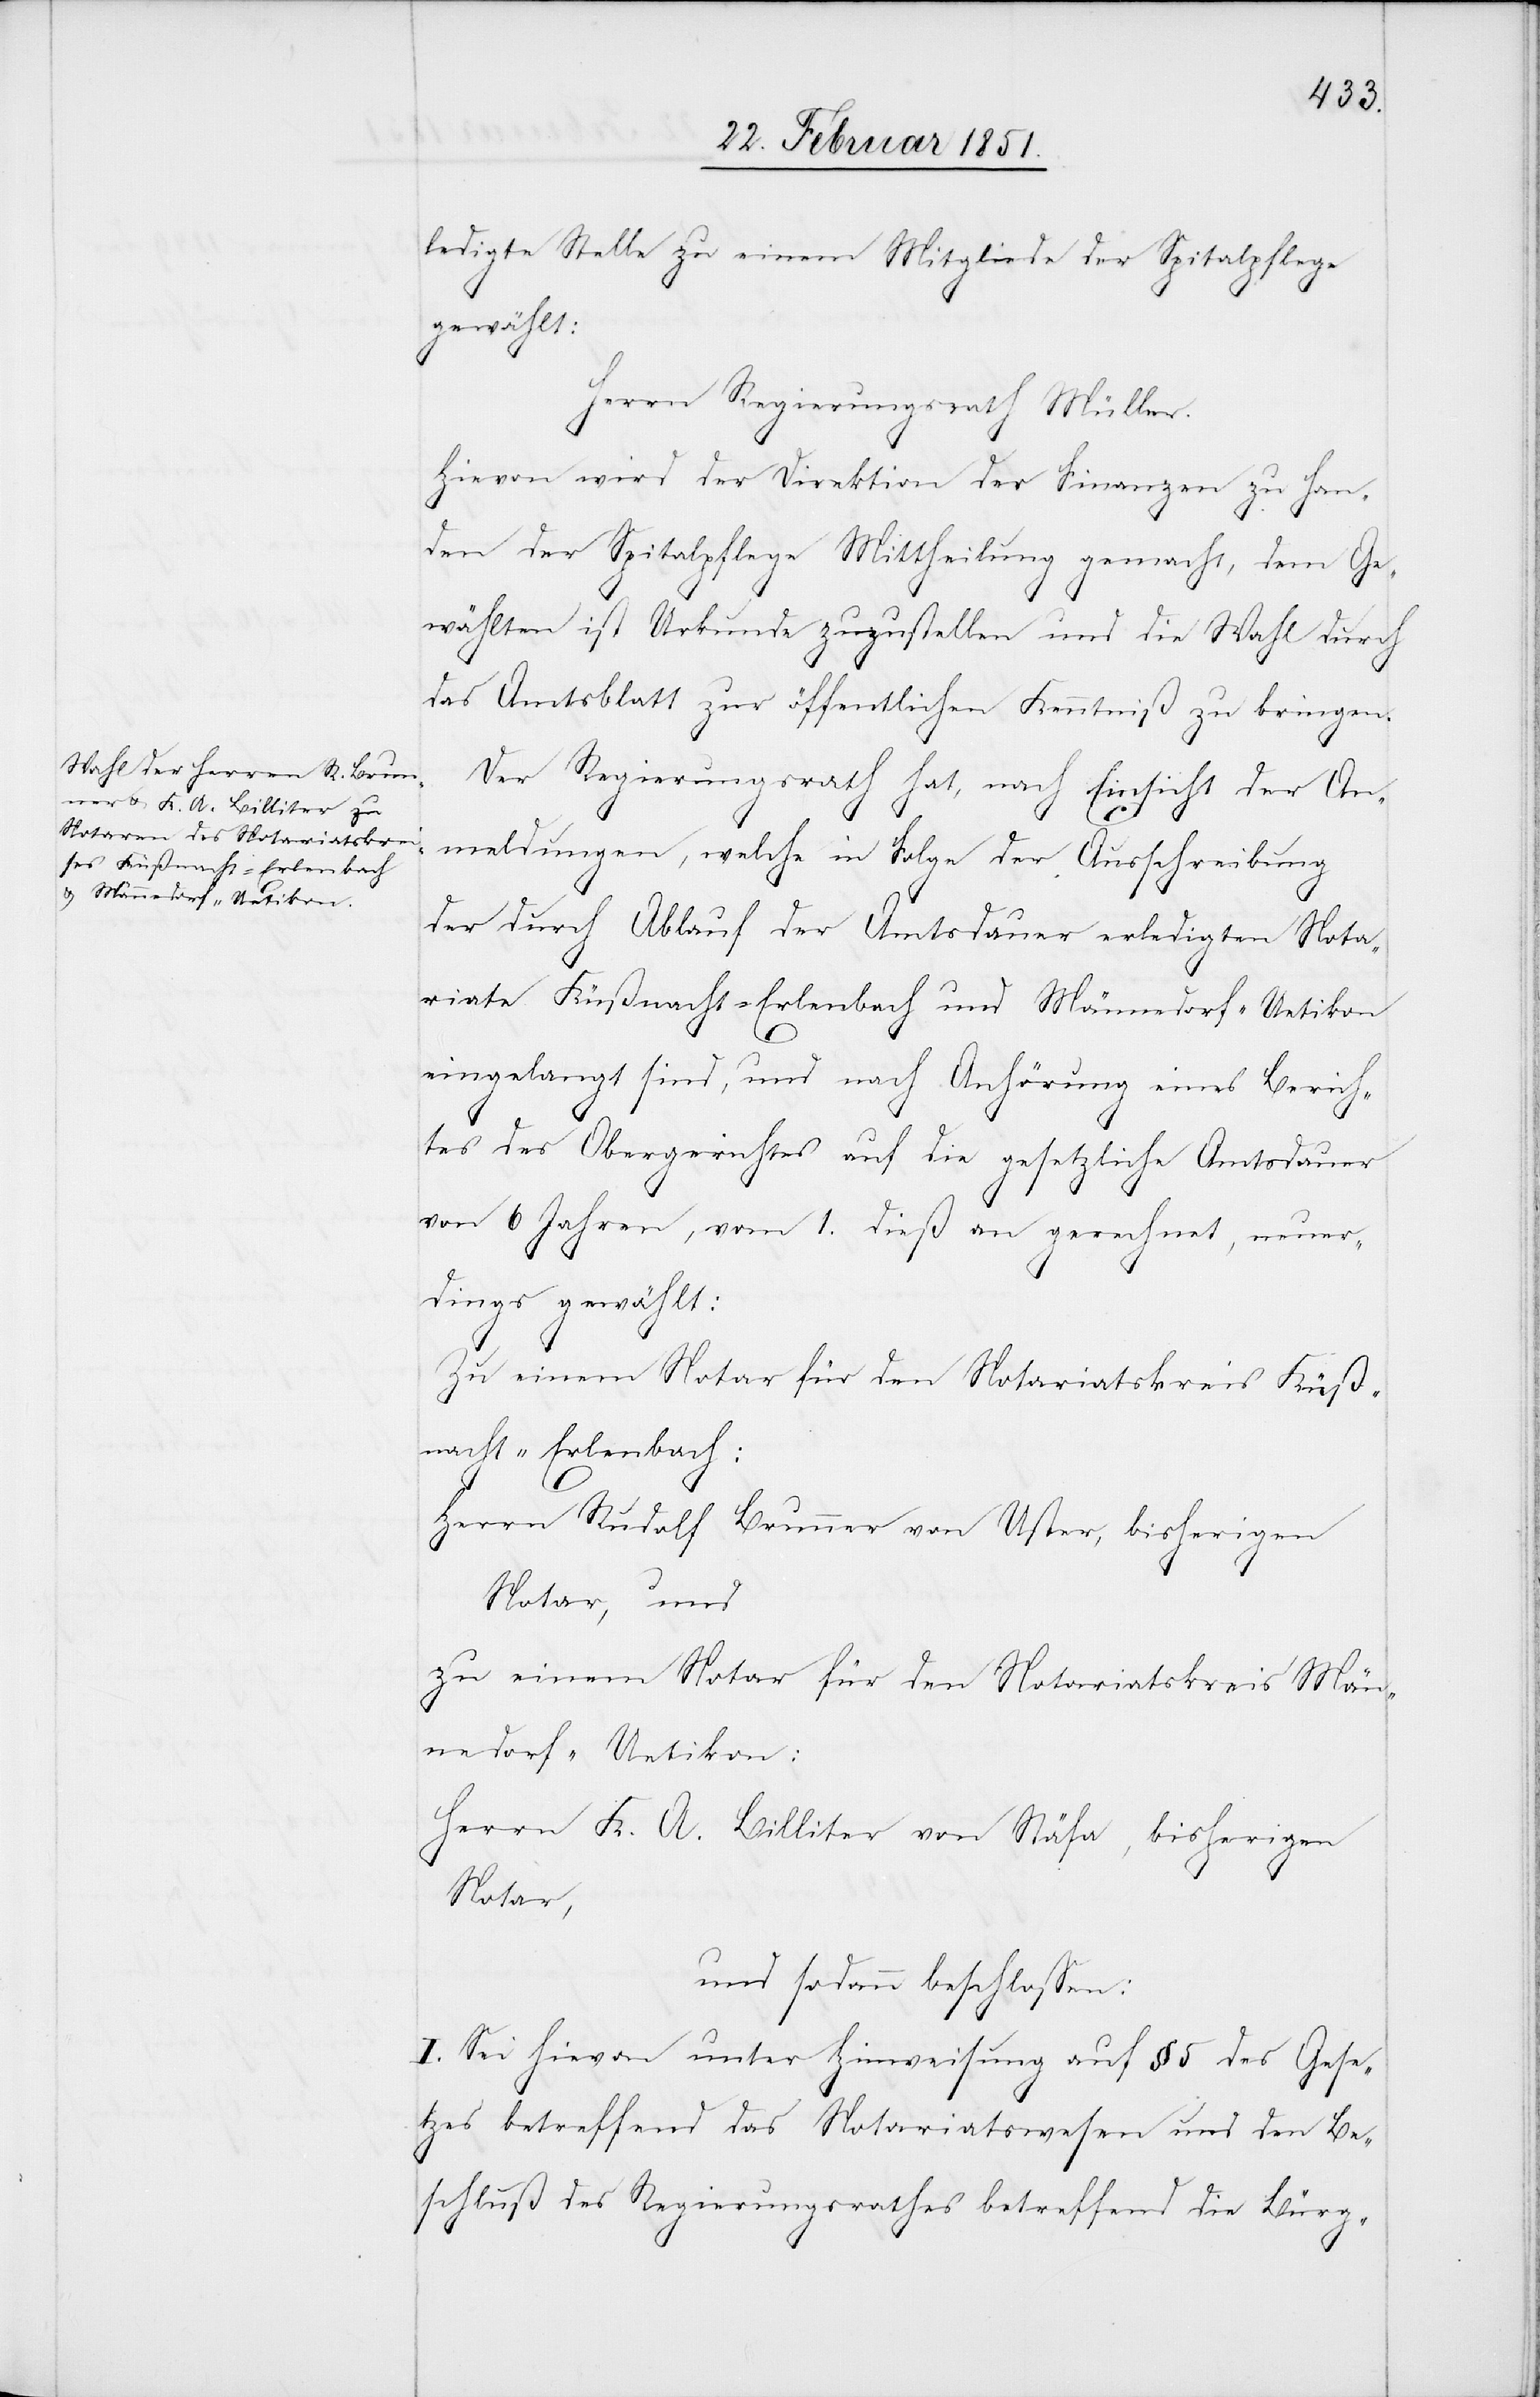
ledigte Stelle zu einem Mitgliede der Spitalpflege
gewählt:
Herrn Regierungsrath Müller.
Hievon wird der Direktion der Finanzen zu Han¬
den der Spitalpflege Mittheilung gemacht, dem Ge¬
wählten ist Urkunde zuzustellen und die Wahl durch
das Amtsblatt zur öffentlichen Kenntniß zu bringen.
Der Regierungsrath hat, nach Einsicht der An¬
meldungen, welche in Folge der Ausschreibung
der durch Ablauf der Amtsdauer erledigten Nota¬
riate Küßnacht-Erlenbach und Männedorf-Uetikon
eingelangt sind, und nach Anhörung eines Berich¬
tes des Obergerichtes auf die gesetzliche Amtsdauer
von 6 Jahren, vom 1. dieß an gerechnet, neuer¬
dings gewählt:
Zu einem Notar für den Notariatskreis Küß¬
nacht-Erlenbach:
Herrn Rudolf Brunner von Uster, bisherigen
Notar, und
zu einem Notar für den Notariatskreis Män¬
nedorf-Uetikon:
Herrn K. A. Billiter von Stäfa, bisherigen
Notar,
und sodann beschlossen:
I. Sei hievon unter Hinweisung auf § 5 des Geset¬
zes betreffend das Notariatswesen und den Be¬
schluß des Regierungsrathes betreffend die Bürg-